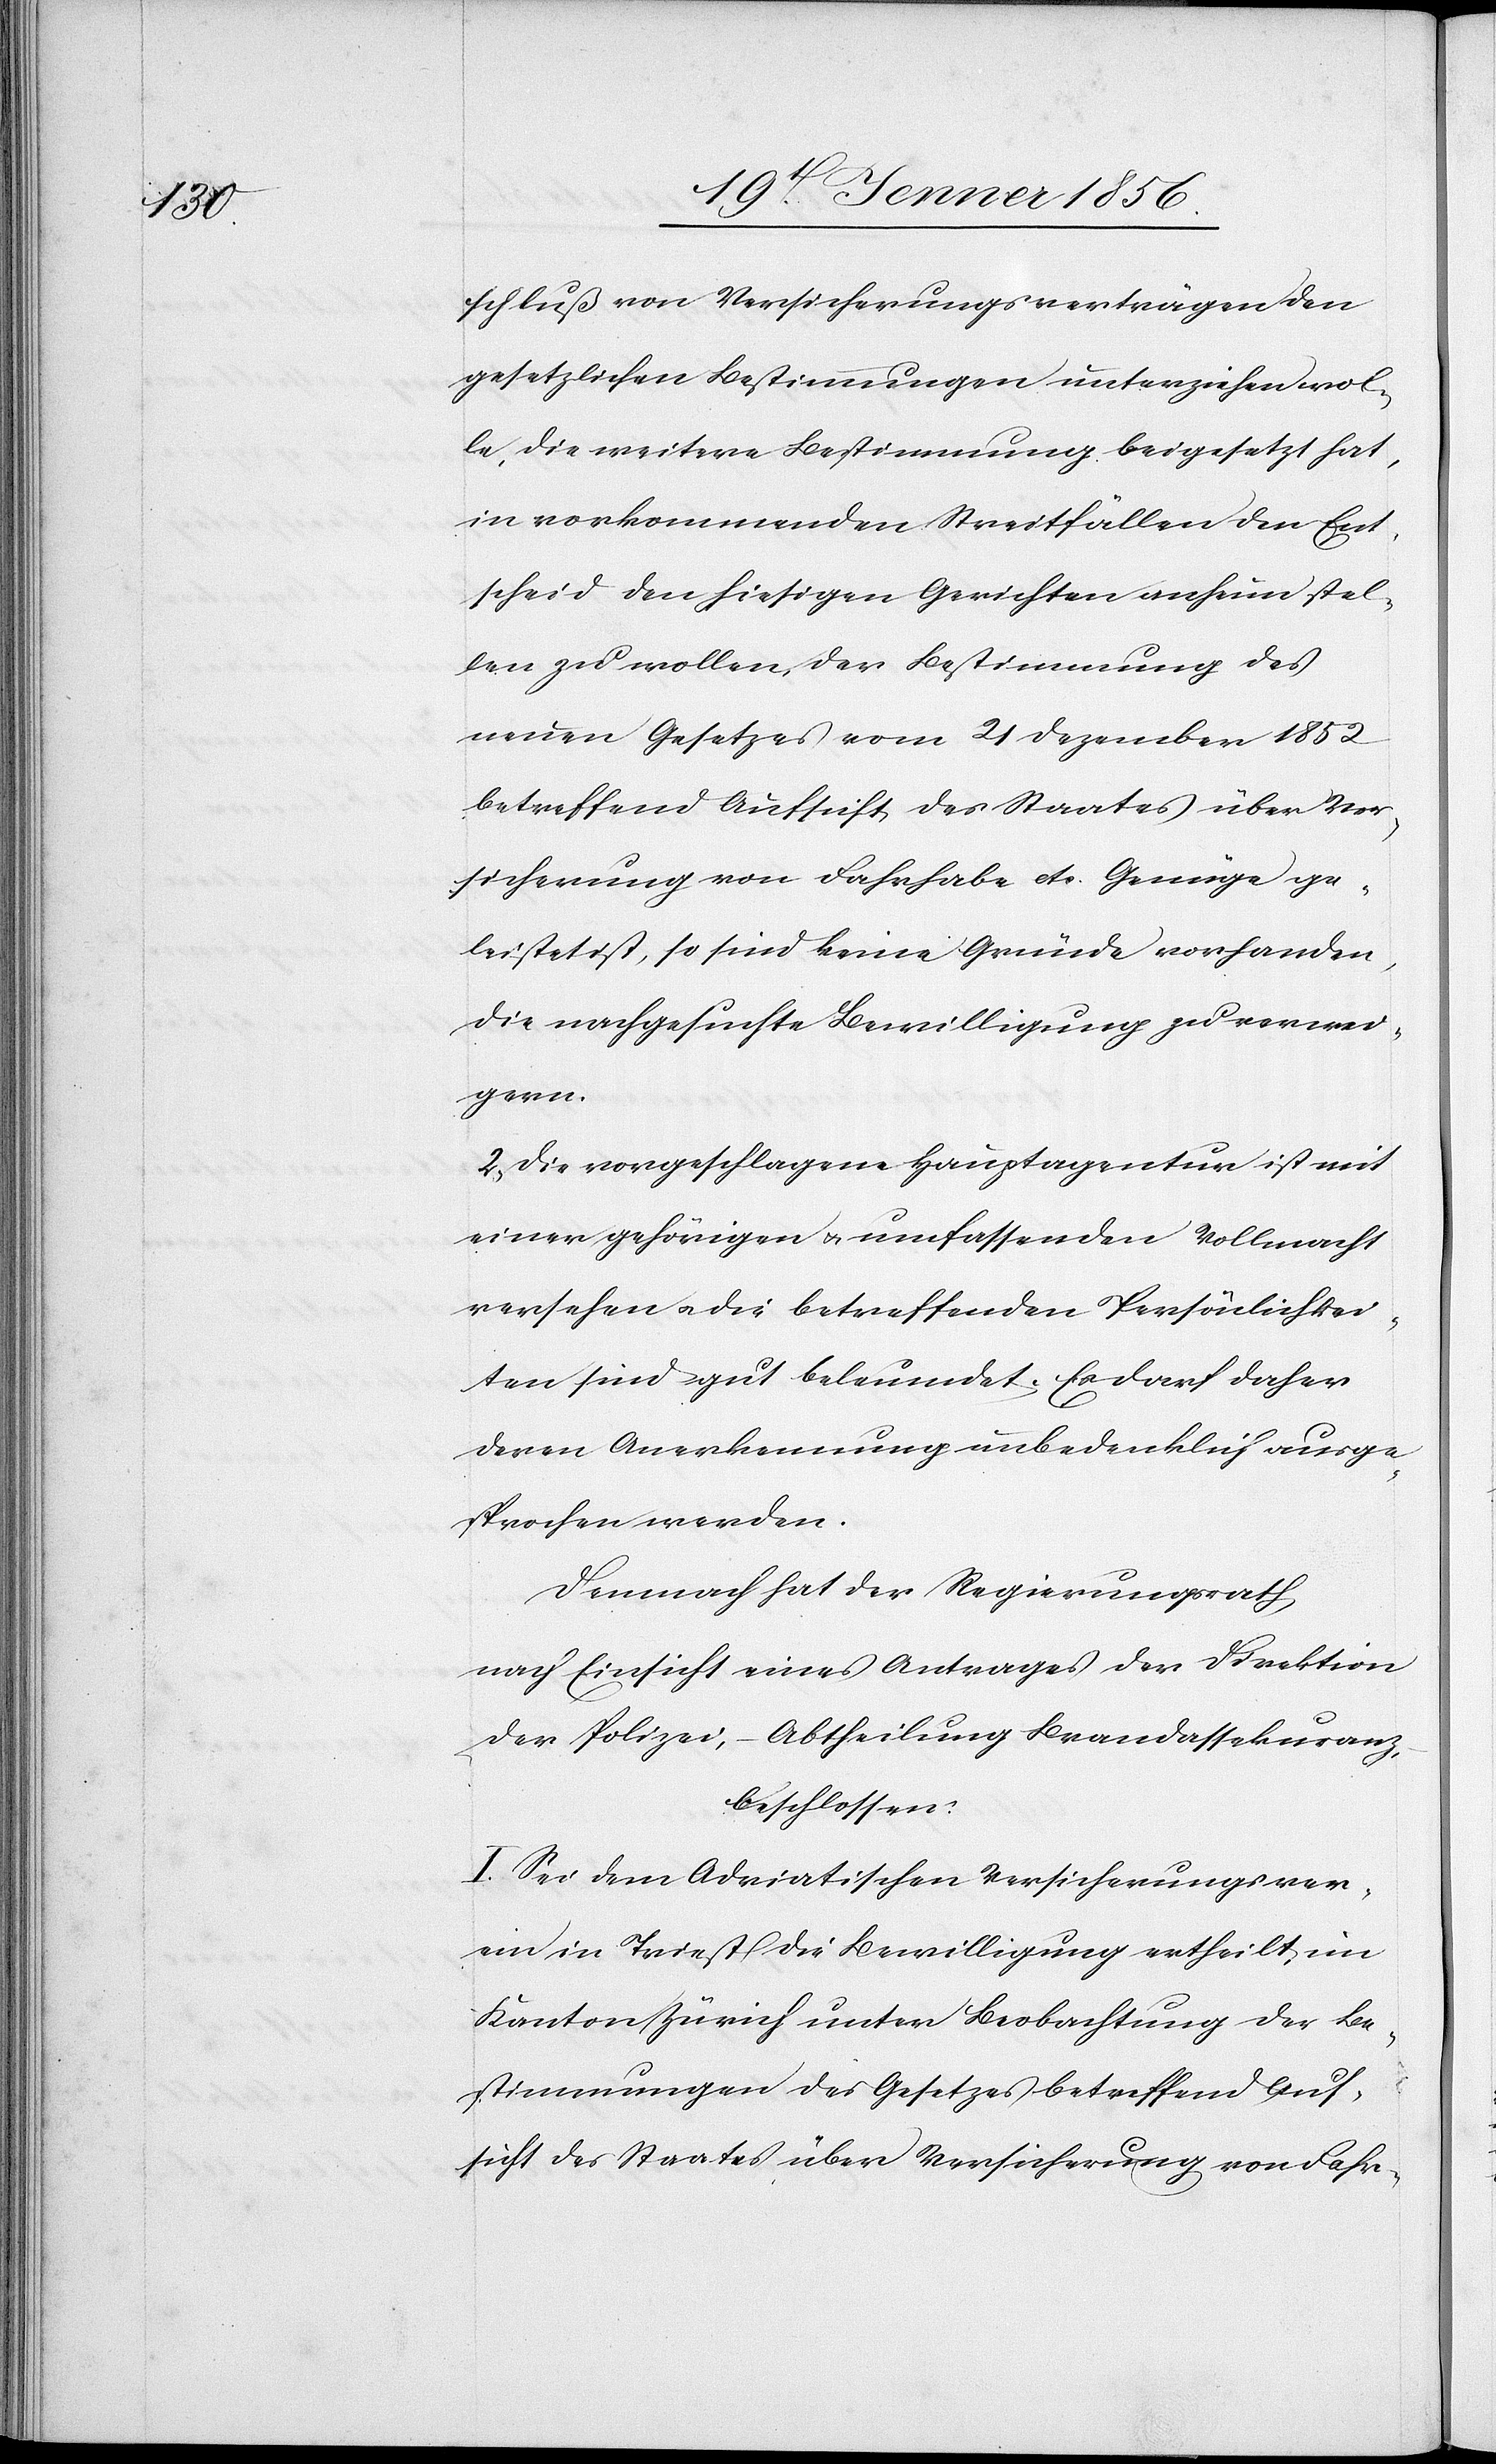
schluß von Versicherungsverträgen den
gesetzlichen Bestimmungen unterziehen wol¬
le, die weitere Bestimmung beigesetzt hat,
in vorkommenden Streitfällen den Ent¬
scheid den hiesigen Gerichten anheim stel¬
len zu wollen, der Bestimmung des
neuen Gesetzes vom 21 Dezember 1852
betreffend Aufsicht des Staates über Ver¬
sicherung von Fahrhabe etc. Genüge ge¬
leistet ist, so sind keine Gründe vorhanden,
die nachgesuchte Bewilligung zu verwei¬
gern.
2., Die vorgeschlagene Hauptagentur ist mit
einer gehörigen u. umfassenden Vollmacht
versehen u. die betreffenden Persönlichkei¬
ten sind gut beleumdet. Es darf daher
deren Anerkennung unbedenklich ausge¬
sprochen werden.
Demnach hat der Regierungsrath,
nach Einsicht eines Antrages der Direktion
der Polizei, – Abtheilung Brandassekuranz,
beschlossen:
I. Sei dem Adriatischen Versicherungsver¬
ein in Triest die Bewilligung ertheilt, im
Kanton Zürich unter Beobachtung der Be¬
stimmungen des Gesetzes betreffend Auf¬
sicht des Staates über Versicherung von Fahr-